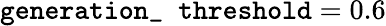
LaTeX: \texttt{generation\_ threshold}=0.6